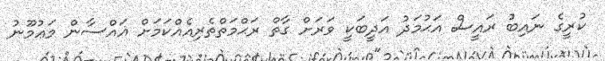
ކުރީގެ ނައިބު ރައީސް އަޙުމަދު އަދީބަކީ ވަރަށް ގާތް ރަޙްމަތްތެރިއެއްކަމަށް ޣައްސާން މަޢުމޫނު